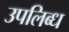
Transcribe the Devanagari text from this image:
उपलिब्ध